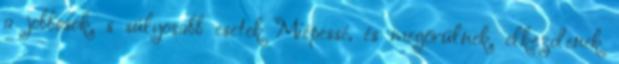
a jobbosok, s súlyosabb esetek Miépessé, és megőrülnek, elkezdenek